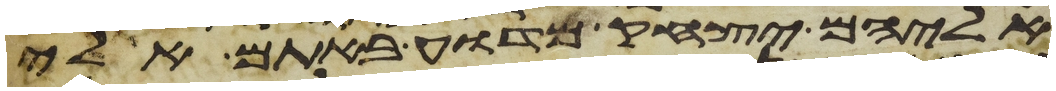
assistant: אליהם יצחק מדוע באתם אלי